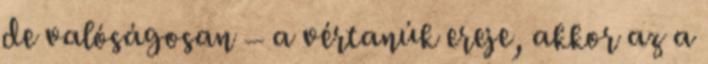
de valóságosan – a vértanúk ereje, akkor az a